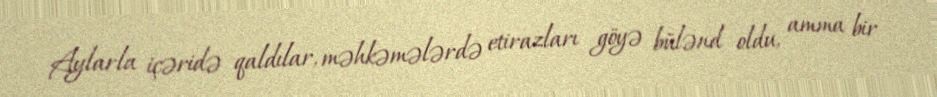
Aylarla içəridə qaldılar, məhkəmələrdə etirazları göyə bülənd oldu, amma bir